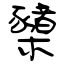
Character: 櫫